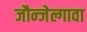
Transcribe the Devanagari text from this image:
जौन्जेल्गावा